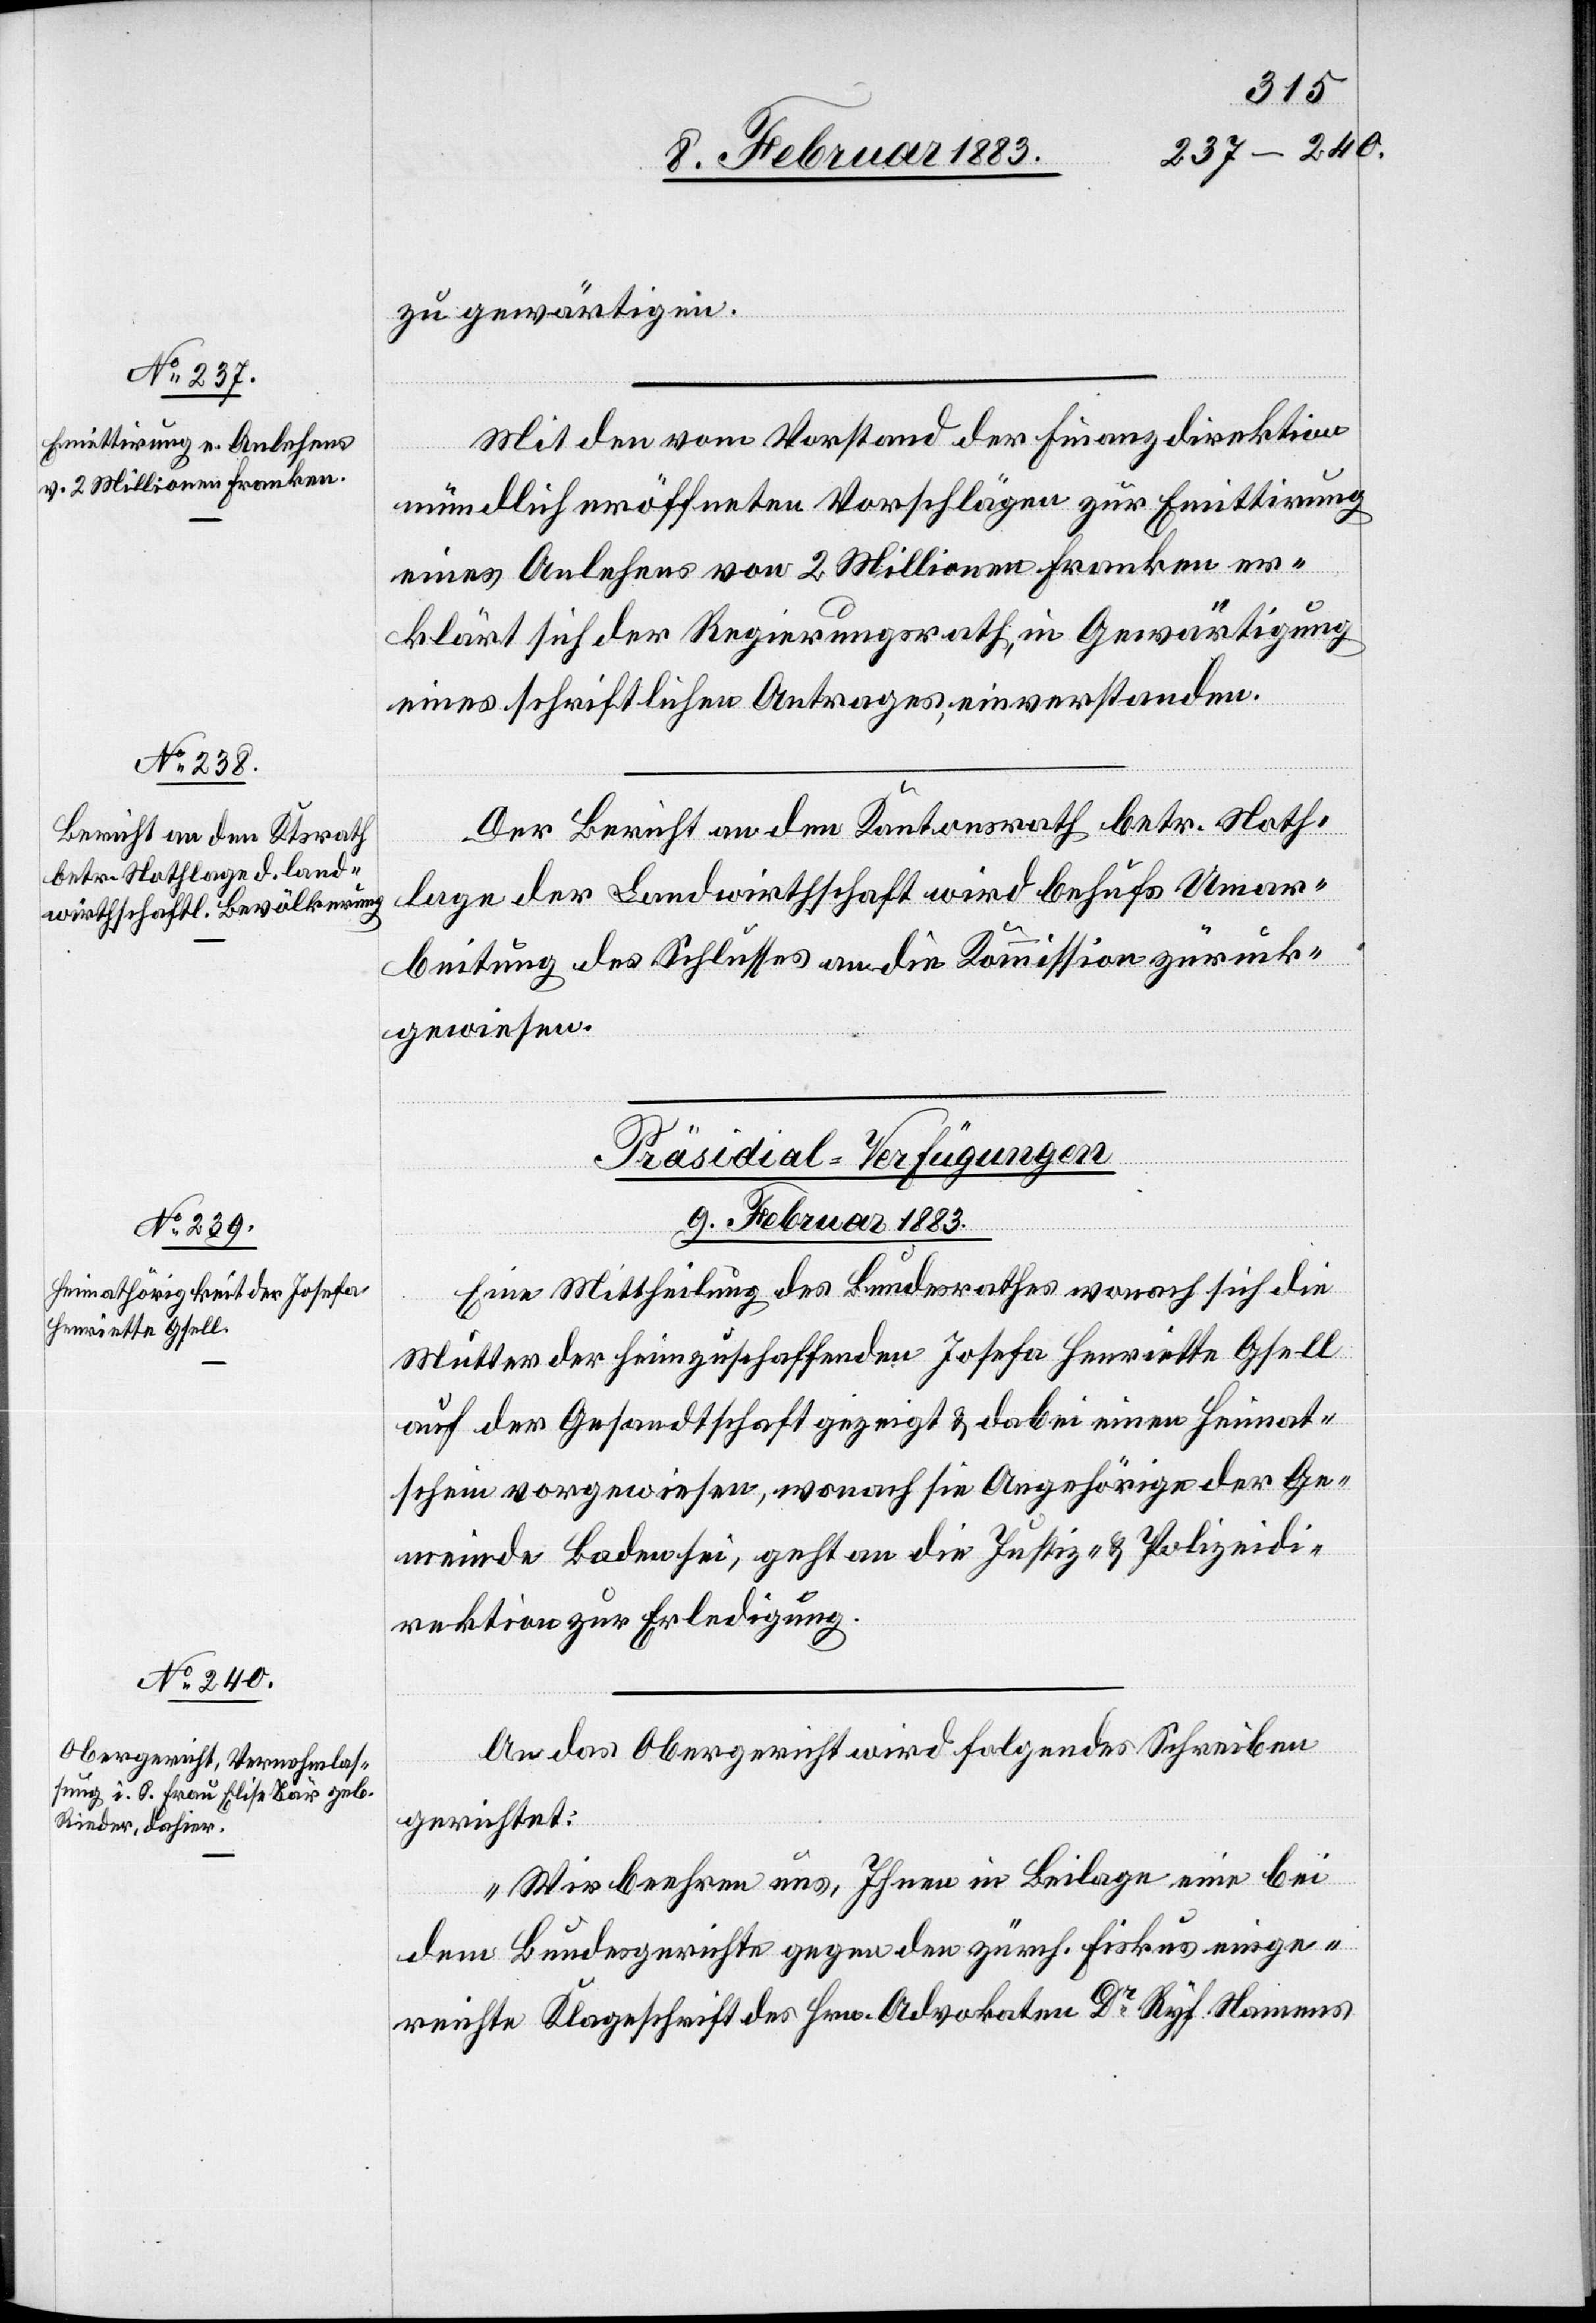
9. Februar 1883.]
zu gewärtigen.
Mit den vom Vorstand der Finanzdirektion
mündlich eröffneten Vorschlägen zur Emittirung
eines Anlehens von 2 Millionen Franken er¬
klärt sich der Regierungsrath, in Gewärtigung
eines schriftlichen Antrages, einverstanden.
Der Bericht an den Kantonsrath betr. Noth¬
lage der Landwirthschaft wird behufs Umar¬
beitung des Schlusses an die Kommission zurück¬
gewiesen.
[Präsidial-Verfügungen.
9. Februar 1883.
Eine Mittheilung des Bundesrathes wonach sich die
Mutter der heimzuschaffenden Josefa Henriette Gsell
auf der Gesandtschaft gezeigt & dabei einen Heimat¬
schein vorgewiesen, wonach sie Angehörige der Ge¬
meinde Baden sei, geht an die Justiz- & Polizeidi¬
rektion zur Erledigung.
An das Obergericht wird folgendes Schreiben
gerichtet:
„Wir beehren uns, Ihnen in Beilage eine bei
dem Bundesgerichte gegen den zürch. Fiskus einge¬
reichte Klageschrift des Hrn. Advokaten Dr Ryf Namens